Indian journal of veterinary science and animal husbandry - Volumes 28-29, 1958-1959
Year: 1958
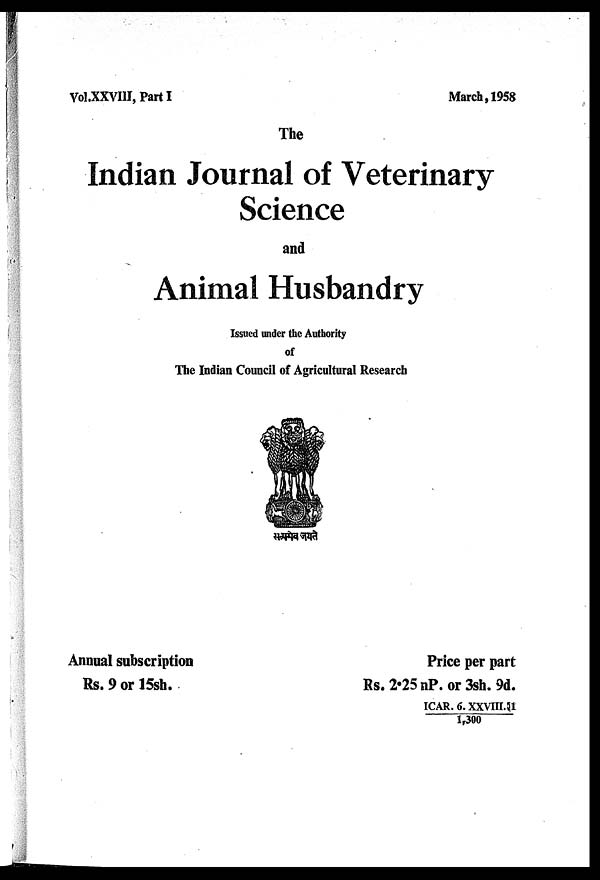
Vol.XXVIII, Part I
March, 1958
The
Indian Journal of Veterinary
Science
and
Animal Husbandry
Issued under the Authority
of
The Indian Council of Agricultural Research
Annual subscription
Rs. 9 or 15sh.
Price per part
Rs. 2.25 nP. or 3sh. 9d.
ICAR. 6. XXVIII.51
1,300